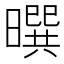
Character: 𰖮